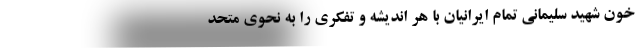
خون شهید سلیمانی تمام ایرانیان با هر اندیشه و تفکری را به نحوی متحد